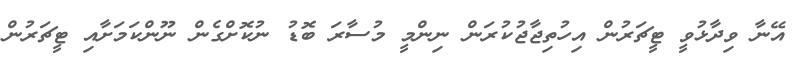
އޭނާ ވިދާޅުވީ ޓީޗަރުން އިހުތިޖާޖުކުރަން ނިންމީ މުސާރަ ބޮޑު ނުކޮށްގެން ނޫންކަމަށާއި ޓީޗަރުން